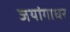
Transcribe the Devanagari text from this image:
जयांगाधर